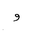
Letter: _waw